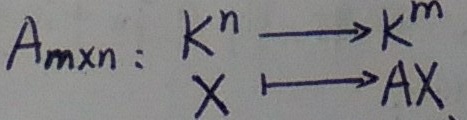
\(A_{m\times n}\)定义为：
\[
\begin{align*}
K^{n}&\longrightarrow K^{m}\\
X&\longmapsto AX
\end{align*}
\]